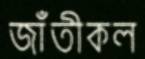
জাঁতীকল